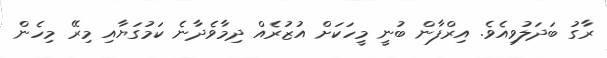
ރާގު ބަދަލުވިއެވެ. އިރްފާން ބުނީ މީހަކަށް އުޒުރެއް ދިމާވެދާނެ ކަމުގަޔާއި މިރޭ މިހެން